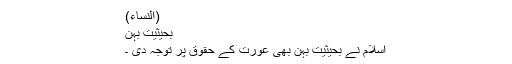
(النساء)
بحیثیت بہن
اسلام نے بحیثیت بہن بھی عورت کے حقوق پر توجہ دی ۔